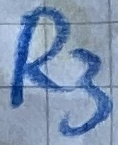
Text: R3